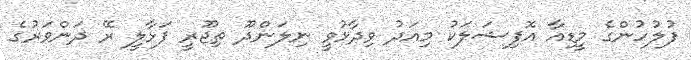
ފުލުހުންގެ މީޑިއާ އޮފިޝަލަކު މިއަދު ވިދާޅުވީ ނިލަންދޫ ތިޖޫރީ ފަޅާލީ ރޭ ދަންވަރުގެ